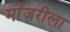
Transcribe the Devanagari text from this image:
मांजरीला